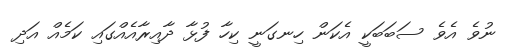
ނުވެ އެވެ ސަބަބަކީ އެކަން ހިނގަނީ ކިހާ ފުޅާ ދާއިރާއެއްގައި ކަމެއް އަދި